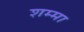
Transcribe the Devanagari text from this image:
शम्मा